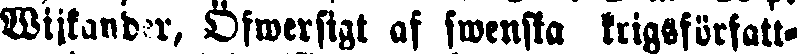
Wijkander, Öfwersigt af swenska krigsförfatt-